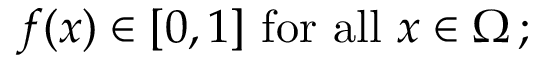
f ( x ) \in [ 0 , 1 ] { \mathrm { ~ f o r ~ a l l ~ } } x \in \Omega \, ;